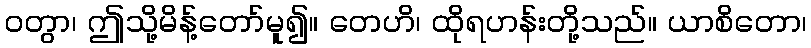
ဝတွာ၊ ဤသို့မိန့်တော်မူ၍။ တေဟိ၊ ထိုရဟန်းတို့သည်။ ယာစိတော၊